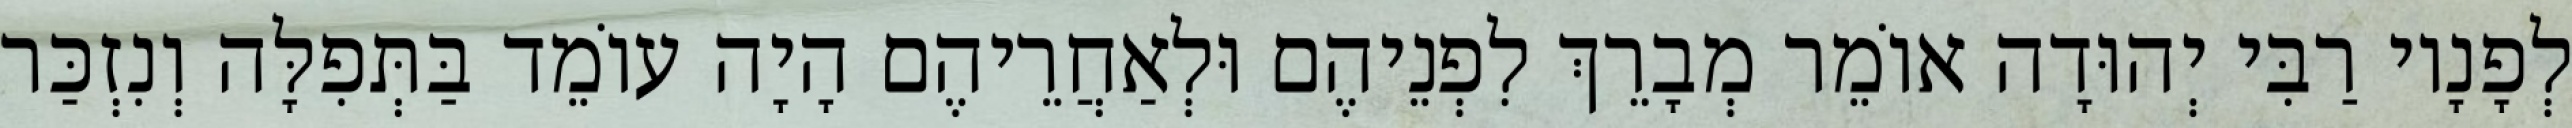
לְפָנָיו רַבִּי יְהוּדָה אוֹמֵר מְבָרֵךְ לִפְנֵיהֶם וּלְאַחֲרֵיהֶם הָיָה עוֹמֵד בַּתְּפִלָּה וְנִזְכַּר